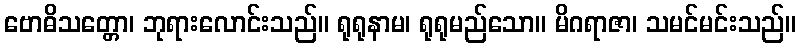
ဗောဓိသတ္တော၊ ဘုရားလောင်းသည်။ ရုရုနာမ၊ ရုရုမည်သော။ မိဂရာဇာ၊ သမင်မင်းသည်။